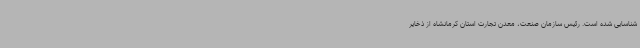
شناسایی شده است. رئیس سازمان صنعت، معدن تجارت استان کرمانشاه از ذخایر